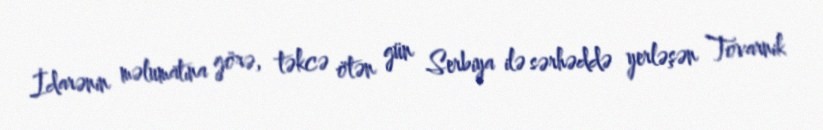
İdarənin məlumatına görə, təkcə ötən gün Serbiya ilə sərhəddə yerləşən Tovarnik